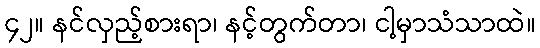
၄၂။ နင်လှည့်စားရာ၊ နင့်တွက်တာ၊ ငါ့မှာသံသာထဲ။